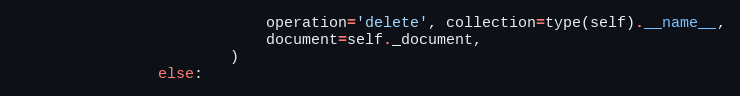
Language: Python
                            operation='delete', collection=type(self).__name__,
                            document=self._document,
                        )
                else: